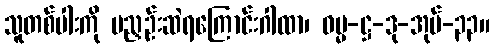
သူတစ်ပါးကို မညှဉ်းဆဲရကြောင်းဂါထာ၊ ဓမ္မ-ဋ္ဌ-ဒု-အုပ်-၃၃။